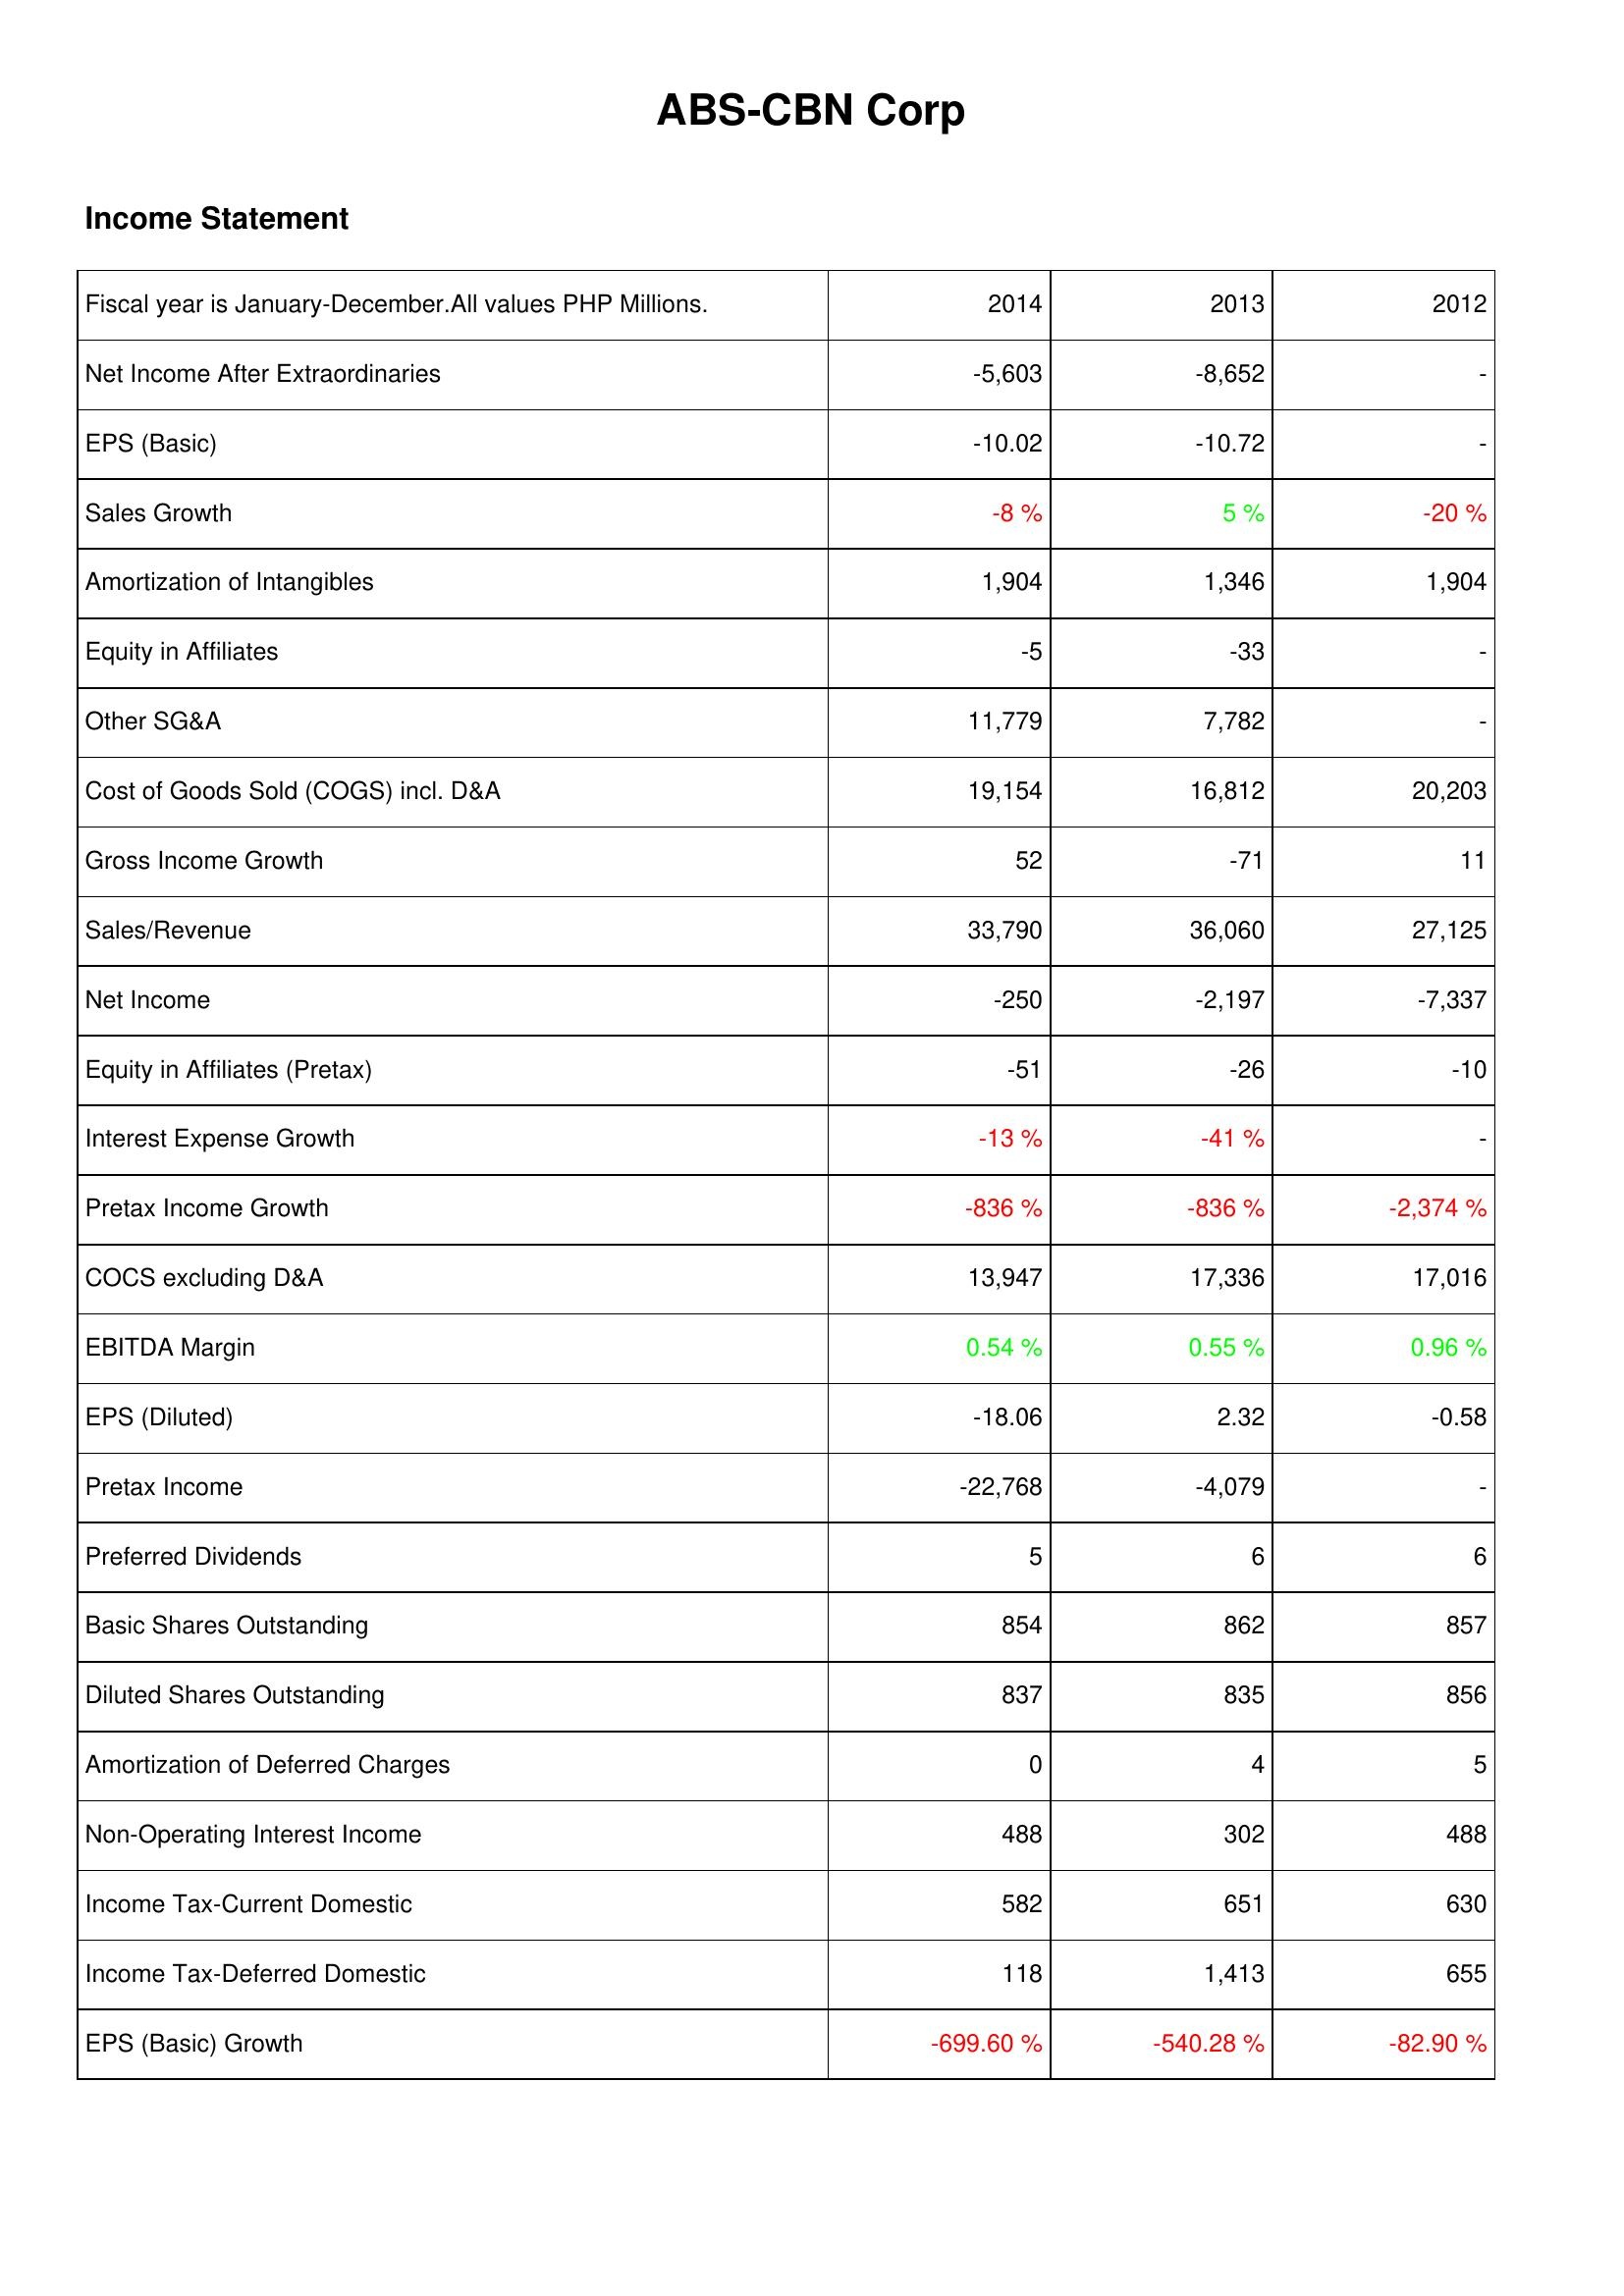
2014: Income Statement: Net Income After Extraordinaries: -5,603
EPS (Basic): -10.02
Sales Growth: -8 %
Amortization of Intangibles: 1,904
Equity in Affiliates: -5
Other SG&A: 11,779
Cost of Goods Sold (COGS) incl. D&A: 19,154
Gross Income Growth: 52
Sales/Revenue: 33,790
Net Income: -250
Equity in Affiliates (Pretax): -51
Interest Expense Growth: -13 %
Pretax Income Growth: -836 %
COCS excluding D&A: 13,947
EBITDA Margin: 0.54 %
EPS (Diluted): -18.06
Pretax Income: -22,768
Preferred Dividends: 5
Basic Shares Outstanding: 854
Diluted Shares Outstanding: 837
Amortization of Deferred Charges: 0
Non-Operating Interest Income: 488
Income Tax-Current Domestic: 582
Income Tax-Deferred Domestic: 118
EPS (Basic) Growth: -699.60 %
2013: Income Statement: Net Income After Extraordinaries: -8,652
EPS (Basic): -10.72
Sales Growth: 5 %
Amortization of Intangibles: 1,346
Equity in Affiliates: -33
Other SG&A: 7,782
Cost of Goods Sold (COGS) incl. D&A: 16,812
Gross Income Growth: -71
Sales/Revenue: 36,060
Net Income: -2,197
Equity in Affiliates (Pretax): -26
Interest Expense Growth: -41 %
Pretax Income Growth: -836 %
COCS excluding D&A: 17,336
EBITDA Margin: 0.55 %
EPS (Diluted): 2.32
Pretax Income: -4,079
Preferred Dividends: 6
Basic Shares Outstanding: 862
Diluted Shares Outstanding: 835
Amortization of Deferred Charges: 4
Non-Operating Interest Income: 302
Income Tax-Current Domestic: 651
Income Tax-Deferred Domestic: 1,413
EPS (Basic) Growth: -540.28 %
2012: Income Statement: Net Income After Extraordinaries: -
EPS (Basic): -
Sales Growth: -20 %
Amortization of Intangibles: 1,904
Equity in Affiliates: -
Other SG&A: -
Cost of Goods Sold (COGS) incl. D&A: 20,203
Gross Income Growth: 11
Sales/Revenue: 27,125
Net Income: -7,337
Equity in Affiliates (Pretax): -10
Interest Expense Growth: -
Pretax Income Growth: -2,374 %
COCS excluding D&A: 17,016
EBITDA Margin: 0.96 %
EPS (Diluted): -0.58
Pretax Income: -
Preferred Dividends: 6
Basic Shares Outstanding: 857
Diluted Shares Outstanding: 856
Amortization of Deferred Charges: 5
Non-Operating Interest Income: 488
Income Tax-Current Domestic: 630
Income Tax-Deferred Domestic: 655
EPS (Basic) Growth: -82.90 %